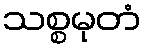
သစ္စမုတံ